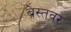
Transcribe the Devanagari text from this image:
ब्रेस्तवर